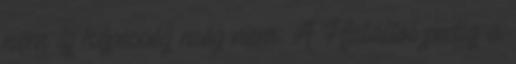
nem új képesség még nem. A Haláltól pedig a